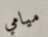
ميامي